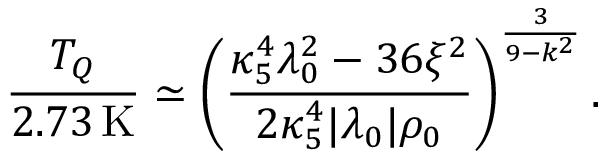
{ \frac { T _ { Q } } { 2 . 7 3 \, \mathrm { K } } } \simeq \left( { \frac { \kappa _ { 5 } ^ { 4 } \lambda _ { 0 } ^ { 2 } - 3 6 \xi ^ { 2 } } { 2 \kappa _ { 5 } ^ { 4 } | \lambda _ { 0 } | \rho _ { 0 } } } \right) ^ { \frac { 3 } { 9 - k ^ { 2 } } } .